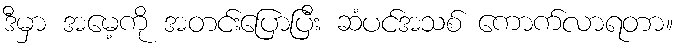
ဒီမှာ အမေ့ကို အတင်းပြောပြီး ဆံပင်အသစ် ကောက်လာရတာ။